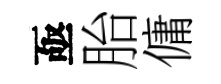
亟胎傭